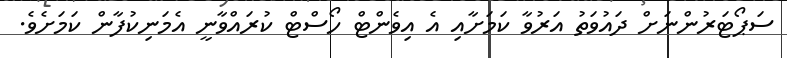
ސަޕޯޓަރުންނަށް ދައުވަތު އަރުވާ ކަމަށާއި އެ އިވެންޓް ހޯސްޓް ކުރައްވާނީ އެމަނިކުފާން ކަމަށެވެ.